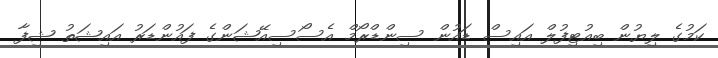
ކަމުގެ ލިޔުން ބިއުޓިފުލް އައިސް ޑައުން ސިންޑްރޯމް އެސޯސިއޭޝަންގެ ފައުންޑަރު އައިޝަތު ޝިފާ